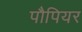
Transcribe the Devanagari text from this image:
पौपियर